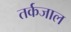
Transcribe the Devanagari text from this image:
तर्कजाल